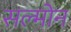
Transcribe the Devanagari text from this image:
सल्मोन